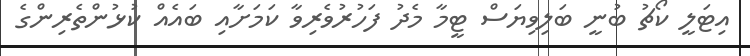
އިޓަލީ ކޯޗު ބުނީ ބަލިވިޔަސް ޓީމާ މެދު ފަހުރުވެރިވާ ކަމަށާއި ބައެއް ކުޅުންތެރިންގެ